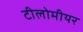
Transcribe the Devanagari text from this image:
टीलोमीयर